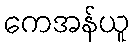
ကေအန်ယူ